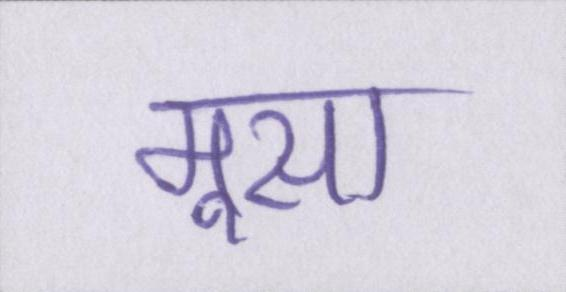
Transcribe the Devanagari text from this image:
मूसा